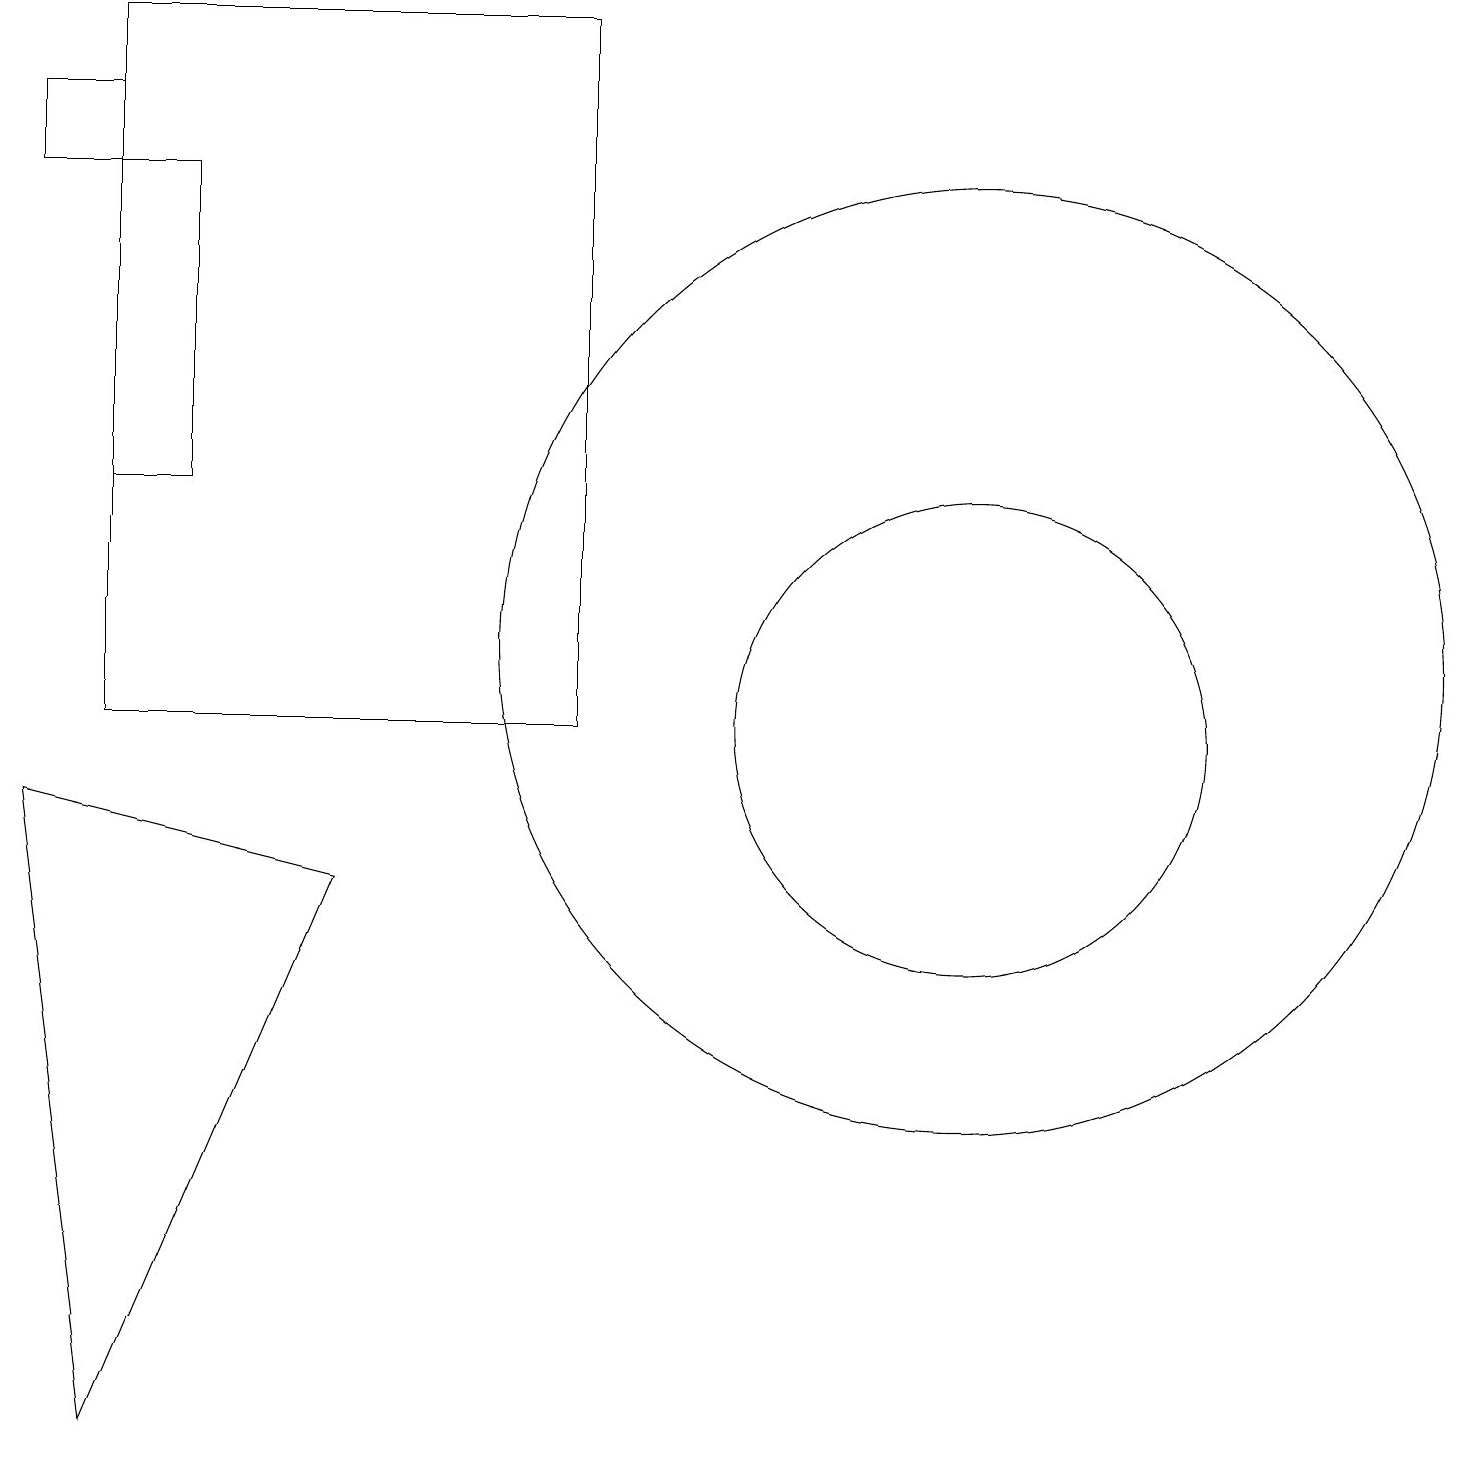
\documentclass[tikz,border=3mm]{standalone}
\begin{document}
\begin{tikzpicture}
\draw (7,10) rectangle (1,19);
\draw (0,18) rectangle (1,17);
\draw (12,10) circle (3);
\draw (11,11) circle (0);
\draw (0,9) -- (1,1) -- (4,8) -- cycle;
\draw (1,17) rectangle (2,13);
\draw (12,11) circle (6);
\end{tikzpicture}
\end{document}